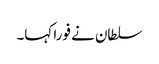
سلطان نے فورا کہا۔